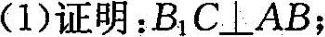
(1)证明：B_{1}C \perp AB;